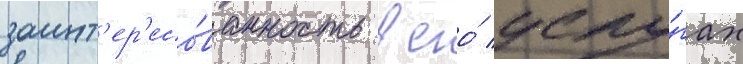
заинт'ер'есо́ванность в его́ услу́гах